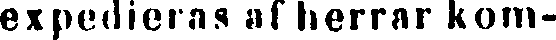
expedieras af herrar kom-